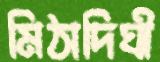
মিঠাদিঘী